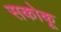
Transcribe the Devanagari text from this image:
सकोकू